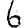
Digit: 6